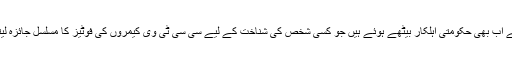
اس کے پیچھے اب بھی حکومتی اہلکار بیٹھے ہوئے ہیں جو کسی شخص کی شناخت کے لیے سی سی ٹی وی کیمروں کی فوٹیز کا مسلسل جائزہ لیتے رہتے ہیں۔